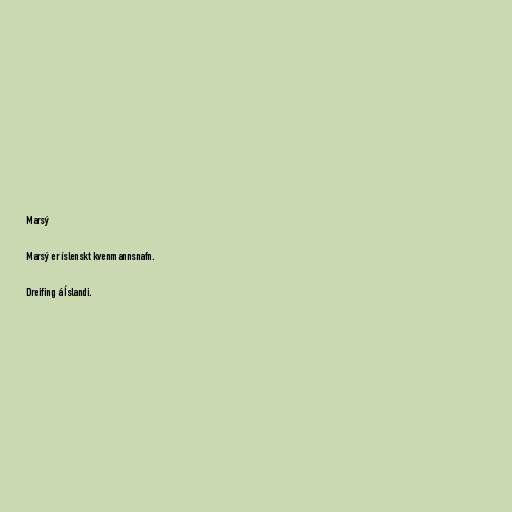
Marsý

Marsý er íslenskt kvenmannsnafn.

Dreifing á Íslandi.